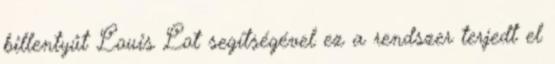
billentyűt Louis Lot segítségével ez a rendszer terjedt el